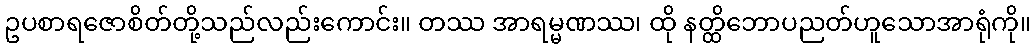
ဥပစာရဇောစိတ်တို့သည်လည်းကောင်း။ တဿ အာရမ္မဏဿ၊ ထို နတ္ထိဘောပညတ်ဟူသောအာရုံကို။